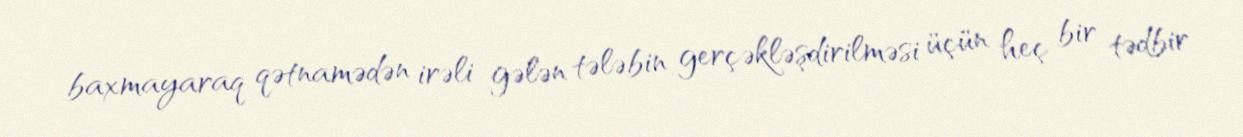
baxmayaraq qətnamədən irəli gələn tələbin gerçəkləşdirilməsi üçün heç bir tədbir